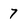
Character: 7